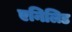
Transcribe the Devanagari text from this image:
एनिलिड